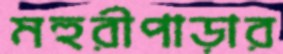
মহুরীপাড়ার